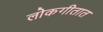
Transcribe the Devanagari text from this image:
लोकगीतात